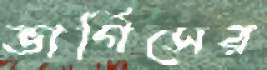
ভার্গিসের